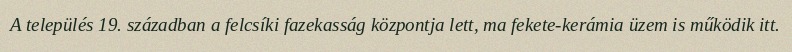
A település 19. században a felcsíki fazekasság központja lett, ma fekete-kerámia üzem is működik itt.